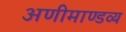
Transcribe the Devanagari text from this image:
अणीमाण्डव्य